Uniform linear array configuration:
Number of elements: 8
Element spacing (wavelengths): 0.75
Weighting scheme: cosine
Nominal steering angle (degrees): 45
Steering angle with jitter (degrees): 44.094
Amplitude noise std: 0.05
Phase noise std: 0.05

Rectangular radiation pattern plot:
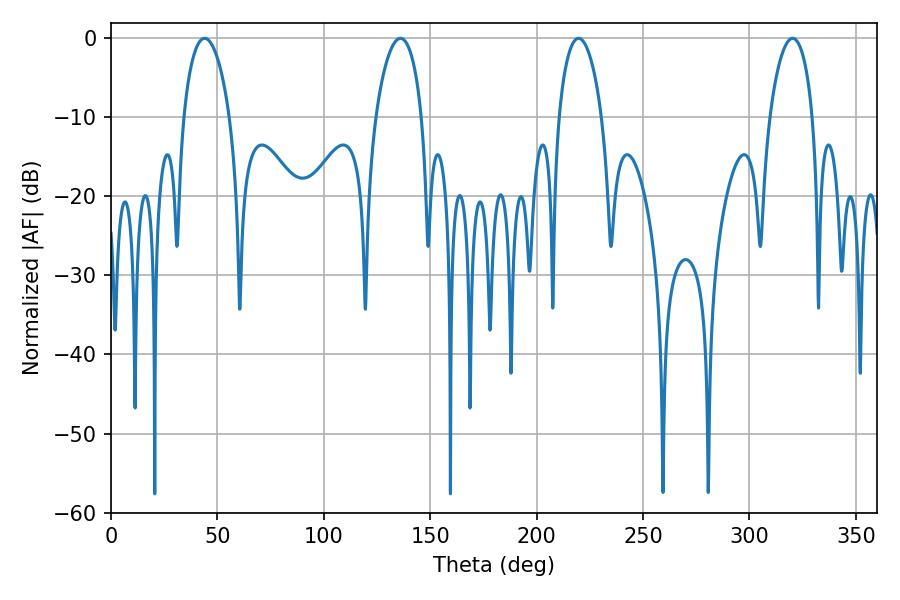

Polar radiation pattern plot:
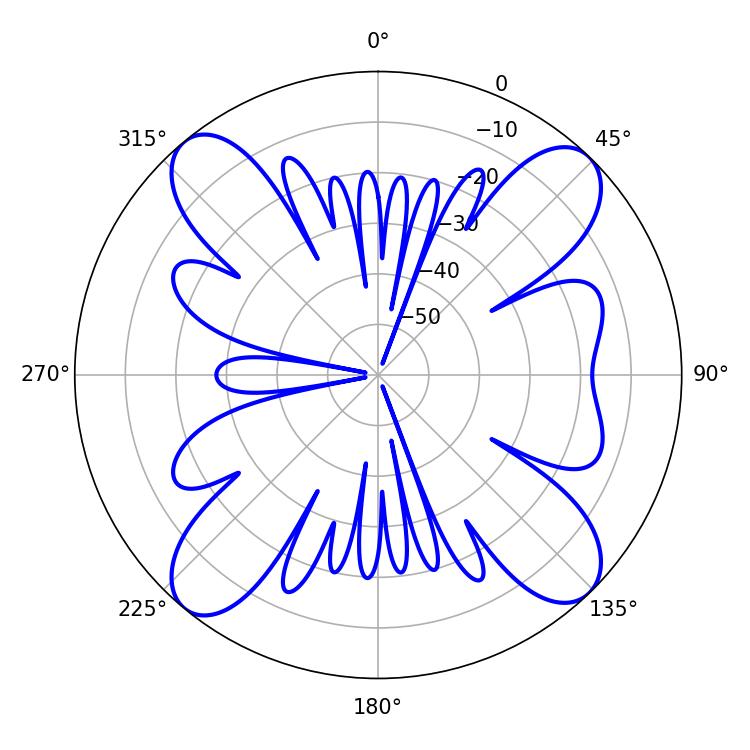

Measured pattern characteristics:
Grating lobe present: TRUE
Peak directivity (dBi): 15.271
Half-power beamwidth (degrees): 12.24
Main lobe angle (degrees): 43.92